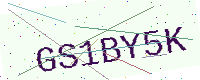
Text: GS1BY5K